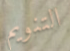
التنويم